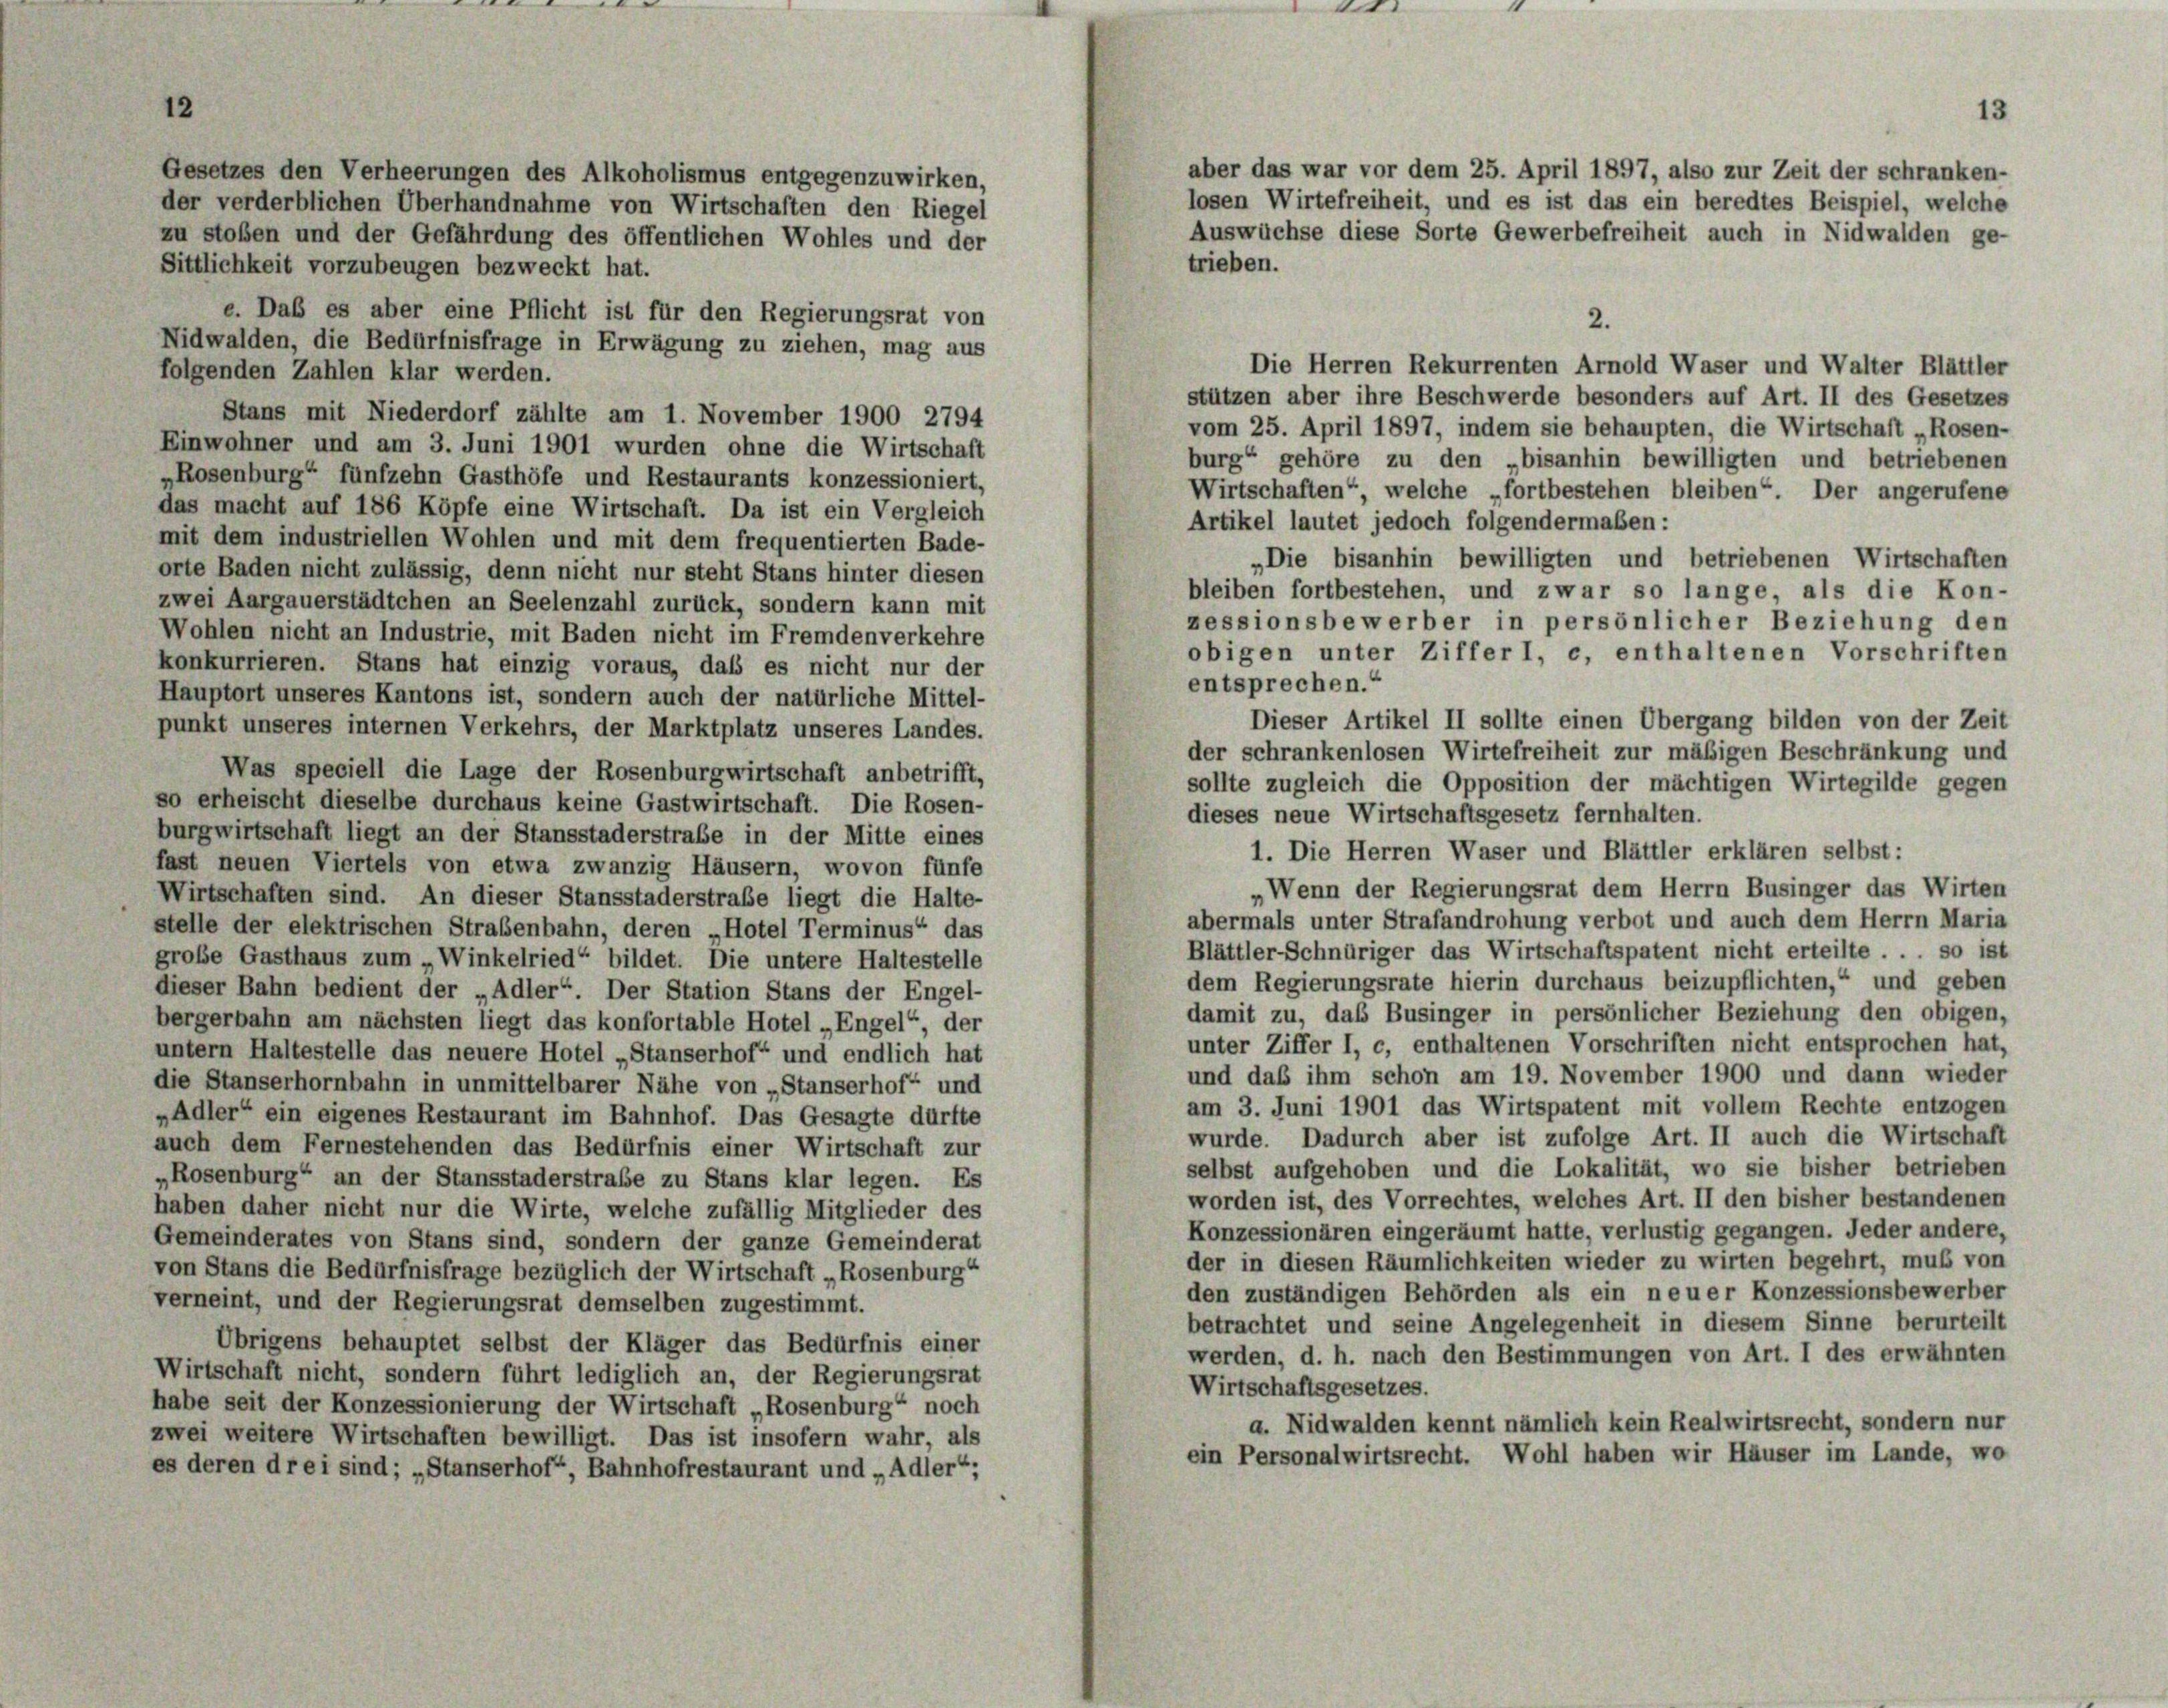
Gesetzes den Verheerungen des Alkoholismus entgegenzuwirken,
der verderblichen Überhandnahme von Wirtschaften den Riegel

zu stoßen und der Gefährdung des öffentlichen Wohles und der
trieben.
Sittlichkeit vorzubeugen bezweckt hat.
e. Das es aber eine Pflicht ist für den Regierungsrat von
2.
Nidwalden, die Bedürfnisfrage in Erwägung zu ziehen, mag aus
Die Herren Rekurrenten Arnold Waser und Walter Blättler
folgenden Zahlen klar werden.
stützen aber ihre Beschwerde besonders auf Art. II des Gesetzes
Stans mit Niederdorf zählte am 1. November 1900 2794
vom 25. April 1897, indem sie behaupten, die Wirtschaft „Rosen-
Einwohner und am 3. Juni 1901 wurden ohne die Wirtschaft
burg“ gehöre zu den „bisanhin bewilligten und betriebenen
„Rosenburg“ fünfzehn Gasthöfe und Restaurants konzessioniert,
Wirtschaften“, welche „fortbestehen bleiben“. Der angerufene
das macht auf 186 Köpfe eine Wirtschaft. Da ist ein Vergleich
Artikel lautet jedoch folgendermaßen:
mit dem industriellen Wohlen und mit dem frequentierten Bade-
„Die bisanhin bewilligten und betriebenen Wirtschaften
orte Baden nicht zulässig, denn nicht nur steht Stans hinter diesen
bleiben fortbestehen, und zwar so lange, als die Kon-
zwei Aargauerstädtchen an Seelenzahl zurück, sondern kann mit
zessionsbewerber in persönlicher Beziehung den
Wohlen nicht an Industrie, mit Baden nicht im Fremdenverkehre
obigen unter Ziffer 1, e, enthaltenen Vorschriften
konkurrieren. Stans hat einzig voraus, dass es nicht nur der
entsprechen.“
Hauptort unseres Kantons ist, sondern auch der natürliche Mittel-
Dieser Artikel II sollte einen Übergang bilden von der Zeit
punkt unseres internen Verkehrs, der Marktplatz unseres Landes.
der schrankenlosen Wirtefreiheit zur mäßigen Beschränkung und
Was speciell die Lage der Rosenburgwirtschaft anbetrifft,
sollte zugleich die Opposition der mächtigen Wirtegilde gegen
so erheischt dieselbe durchaus keine Gastwirtschaft. Die Rosen-
dieses neue Wirtschaftsgesetz fernhalten.
burgwirtschaft liegt an der Stansstaderstraße in der Mitte eines
1. Die Herren Waser und Blättler erklären selbst:
fast neuen Viertels von etwa zwanzig Häusern, wovon fünfe
„Wenn der Regierungsrat dem Herrn Businger das Wirten
Wirtschaften sind. An dieser Stansstaderstraße liegt die Halte-
abermals unter Strafandrohung verbot und auch dem Herrn Maria
stelle der elektrischen Straßenbahn, deren „Hotel Terminus“ das
Blättler-Schnüriger das Wirtschaftspatent nicht erteilte . . . so ist
große Gasthaus zum „Winkelried“ bildet. Die untere Haltestelle
dem Regierungsrate hierin durchaus beizupflichten,“ und geben
dieser Bahn bedient der „Adler“. Der Station Stans der Engel-
damit zu, das Businger in persönlicher Beziehung den obigen,
bergerbahn am nächsten liegt das konfortable Hotel „Engel“, der
unter Ziffer I, c, enthaltenen Vorschriften nicht entsprochen hat,
untern Haltestelle das neuere Hotel „Stanserhof“ und endlich hat
und daß ihm schon am 19. November 1900 und dann wieder
die Stanserhornbahn in unmittelbarer Nähe von „Stanserhof“ und
am 3. Juni 1901 das Wirtspatent mit vollem Rechte entzogen
„Adler“ ein eigenes Restaurant im Bahnhof. Das Gesagte dürfte
wurde. Dadurch aber ist zufolge Art. II auch die Wirtschaft
auch dem Fernestehenden das Bedürfnis einer Wirtschaft zur
selbst aufgehoben und die Lokalität, wo sie bisher betrieben
„Rosenburg“ an der Stansstaderstrafe zu Stans klar legen. Es
worden ist, des Vorrechtes, welches Art. II den bisher bestandenen
haben daher nicht nur die Wirte, welche zufällig Mitglieder des
Konzessionären eingeräumt hatte, verlustig gegangen. Jeder andere,
Gemeinderates von Stans sind, sondern der ganze Gemeinderat
der in diesen Räumlichkeiten wieder zu wirten begehrt, muß von
von Stans die Bedürfnisfrage bezüglich der Wirtschaft „Rosenburg
den zuständigen Behörden als ein neuer Konzessionsbewerber
verneint, und der Regierungsrat demselben zugestimmt.
betrachtet und seine Angelegenheit in diesem Sinne berurteilt
Übrigens behauptet selbst der Kläger das Bedürfnis einer
werden, d. h. nach den Bestimmungen von Art. I des erwähnten
Wirtschaft nicht, sondern führt lediglich an, der Regierungsrat
Wirtschaftsgesetzes.
habe seit der Konzessionierung der Wirtschaft „Rosenburg“ noch
a. Nidwalden kennt nämlich kein Realwirtsrecht, sondern nur
zwei weitere Wirtschaften bewilligt. Das ist insofern wahr, als
ein Personalwirtsrecht. Wohl haben wir Häuser im Lande, wo
es deren drei sind; „Stanserhof, Bahnhofrestaurant und „Adler“;

13
aber das war vor dem 25. April 1897, also zur Zeit der schranken-
losen Wirtefreiheit, und es ist das ein beredtes Beispiel, welche
Auswüchse diese Sorte Gewerbefreiheit auch in Nidwalden ge-